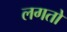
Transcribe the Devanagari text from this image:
लगतो